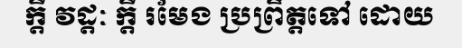
ក្តី វដ្តៈ ក្តី រមែង ប្រព្រឹត្តទៅ ដោយ